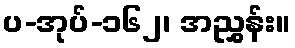
ပ-အုပ်-၁၆၂၊ အညွှန်း။